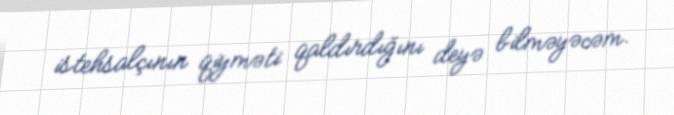
istehsalçının qiyməti qaldırdığını deyə bilməyəcəm.